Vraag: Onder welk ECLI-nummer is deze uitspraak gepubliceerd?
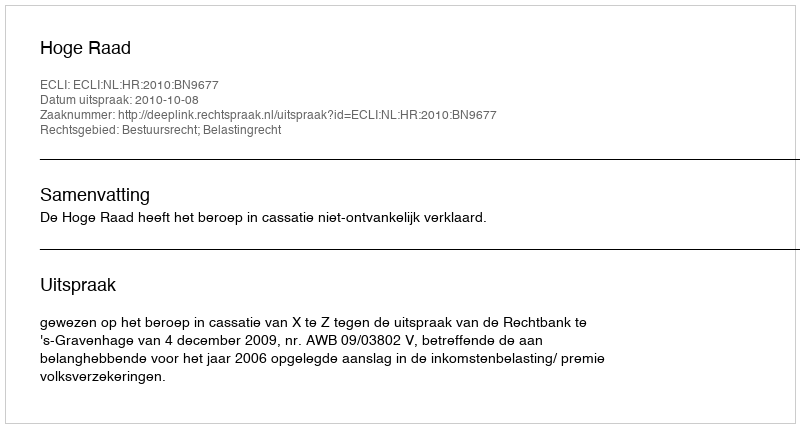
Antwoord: ECLI:NL:HR:2010:BN9677